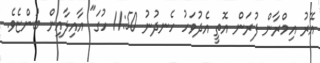
އޭރު އިމްރާން ފުރަން އޮތީ އެދުވަހު ހެނދުނު 11:50 ހުގަ" އާއިލާއިން ބުންޏެވެ.